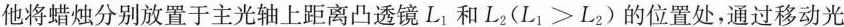
他将蜡烛分别放置于主光轴上距离凸透镜L_{1}和$$L_{2}(L_{1}≥L_{2})$$的位置处，通过移动光